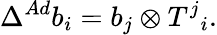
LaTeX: \Delta^{Ad}b_{i}=b_{j}\otimes T^{j}{}_{i}.